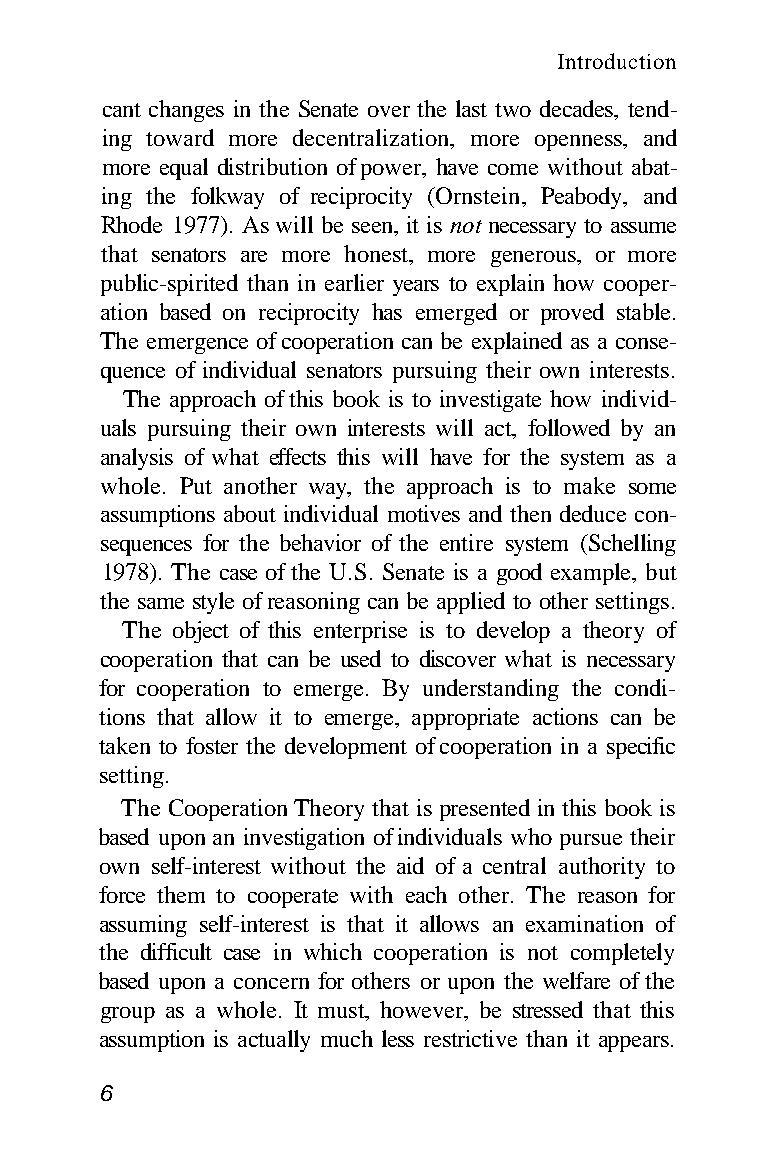
Introduction
 cant changes in the Senate over the last two decades, tend-
 ing toward more decentralization, more openness, and
 more equal distribution of power, have come without abat-
 ing the folkway of reciprocity (Ornstein, Peabody, and
 Rhode 1977). As will be seen, it is not necessary to assume
 that senators are more honest, more generous, or more
 public-spirited than in earlier years to explain how cooper-
 ation based on reciprocity has emerged or proved stable.
 The emergence of cooperation can be explained as a conse-
 quence of individual senators pursuing their own interests.
 The approach of this book is to investigate how individ-
 uals pursuing their own interests will act, followed by an
 analysis of what effects this will have for the system as a
 whole. Put another way, the approach is to make some
 assumptions about individual motives and then deduce con-
 sequences for the behavior of the entire system (Schelling
 1978). The case of the U.S. Senate is a good example, but
 the same style of reasoning can be applied to other settings.
 The object of this enterprise is to develop a theory of
 cooperation that can be used to discover what is necessary
 for cooperation to emerge. By understanding the condi-
 tions that allow it to emerge, appropriate actions can be
 taken to foster the development of cooperation in a specific
 setting.
 The Cooperation Theory that is presented in this book is
 based upon an investigation of individuals who pursue their
 own self-interest without the aid of a central authority to
 force them to cooperate with each other. The reason for
 assuming self-interest is that it allows an examination of
 the difficult case in which cooperation is not completely
 based upon a concern for others or upon the welfare of the
 group as a whole. It must, however, be stressed that this
 assumption is actually much less restrictive than it appears.
 6